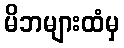
မိဘများထံမှ